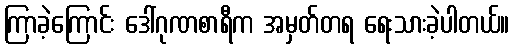
ကြာခဲ့ကြောင်း ဒေါ်ဂုဏစာရီက အမှတ်တရ ရေးသားခဲ့ပါတယ်။